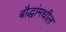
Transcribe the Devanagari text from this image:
बौद्धांमधील